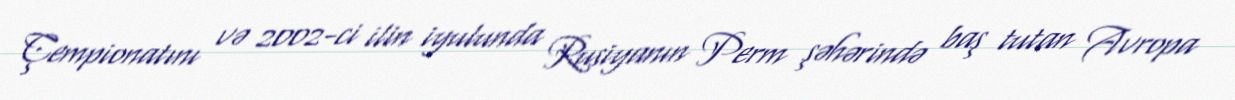
Çempionatını və 2002-ci ilin iyulunda Rusiyanın Perm şəhərində baş tutan Avropa